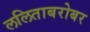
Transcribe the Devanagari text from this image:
ललिताबरोबर